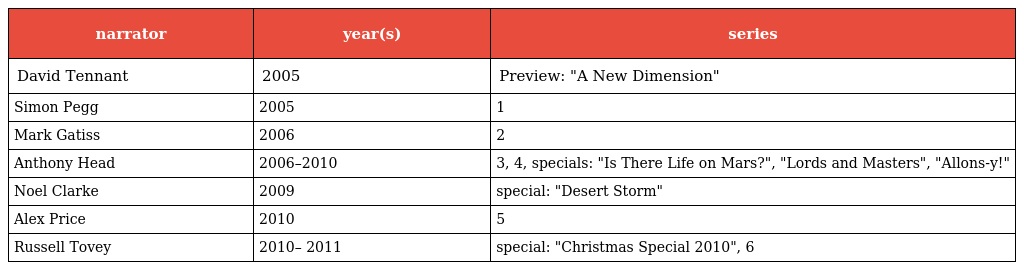
| narrator | year(s) | series |
 | --- | --- | --- |
 | David Tennant | 2005 | Preview: "A New Dimension" |
 | Simon Pegg | 2005 | 1 |
 | Mark Gatiss | 2006 | 2 |
 | Anthony Head | 2006–2010 | 3, 4, specials: "Is There Life on Mars?", "Lords and Masters", "Allons-y!" |
 | Noel Clarke | 2009 | special: "Desert Storm" |
 | Alex Price | 2010 | 5 |
 | Russell Tovey | 2010– 2011 | special: "Christmas Special 2010", 6 |